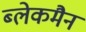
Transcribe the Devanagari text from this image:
ब्लेकमैन